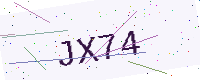
Text: JX74